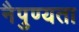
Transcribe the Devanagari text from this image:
नैपुण्यता